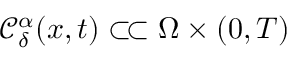
\mathcal { C } _ { \delta } ^ { \alpha } ( x , t ) \subset \joinrel \subset \Omega \times ( 0 , T )